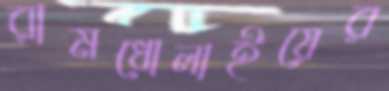
রামধোলাইয়ের